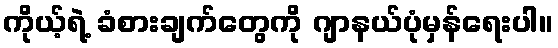
ကိုယ့်ရဲ့ ခံစားချက်တွေကို ဂျာနယ်ပုံမှန်ရေးပါ။